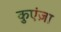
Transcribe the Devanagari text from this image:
कुएंज़ा